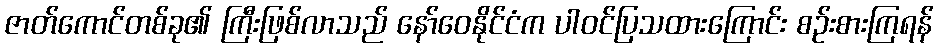
ဇာတ်ကောင်တစ်ခု၏ ကြီးဖြစ်လာသည် နော်ဝေနိုင်ငံက ပါဝင်ပြသထားကြောင်း စဉ်းစားကြရန်